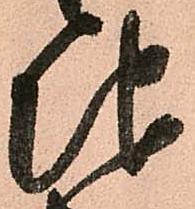
地